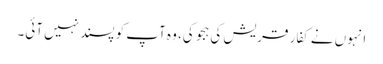
انہوں نے کفار قریش کی ہجو کی، وہ آپ کو پسند نہیں آئی۔